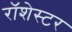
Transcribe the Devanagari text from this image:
रॉशेस्टर